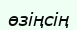
өзіңсің